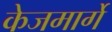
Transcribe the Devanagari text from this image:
केजमार्गे